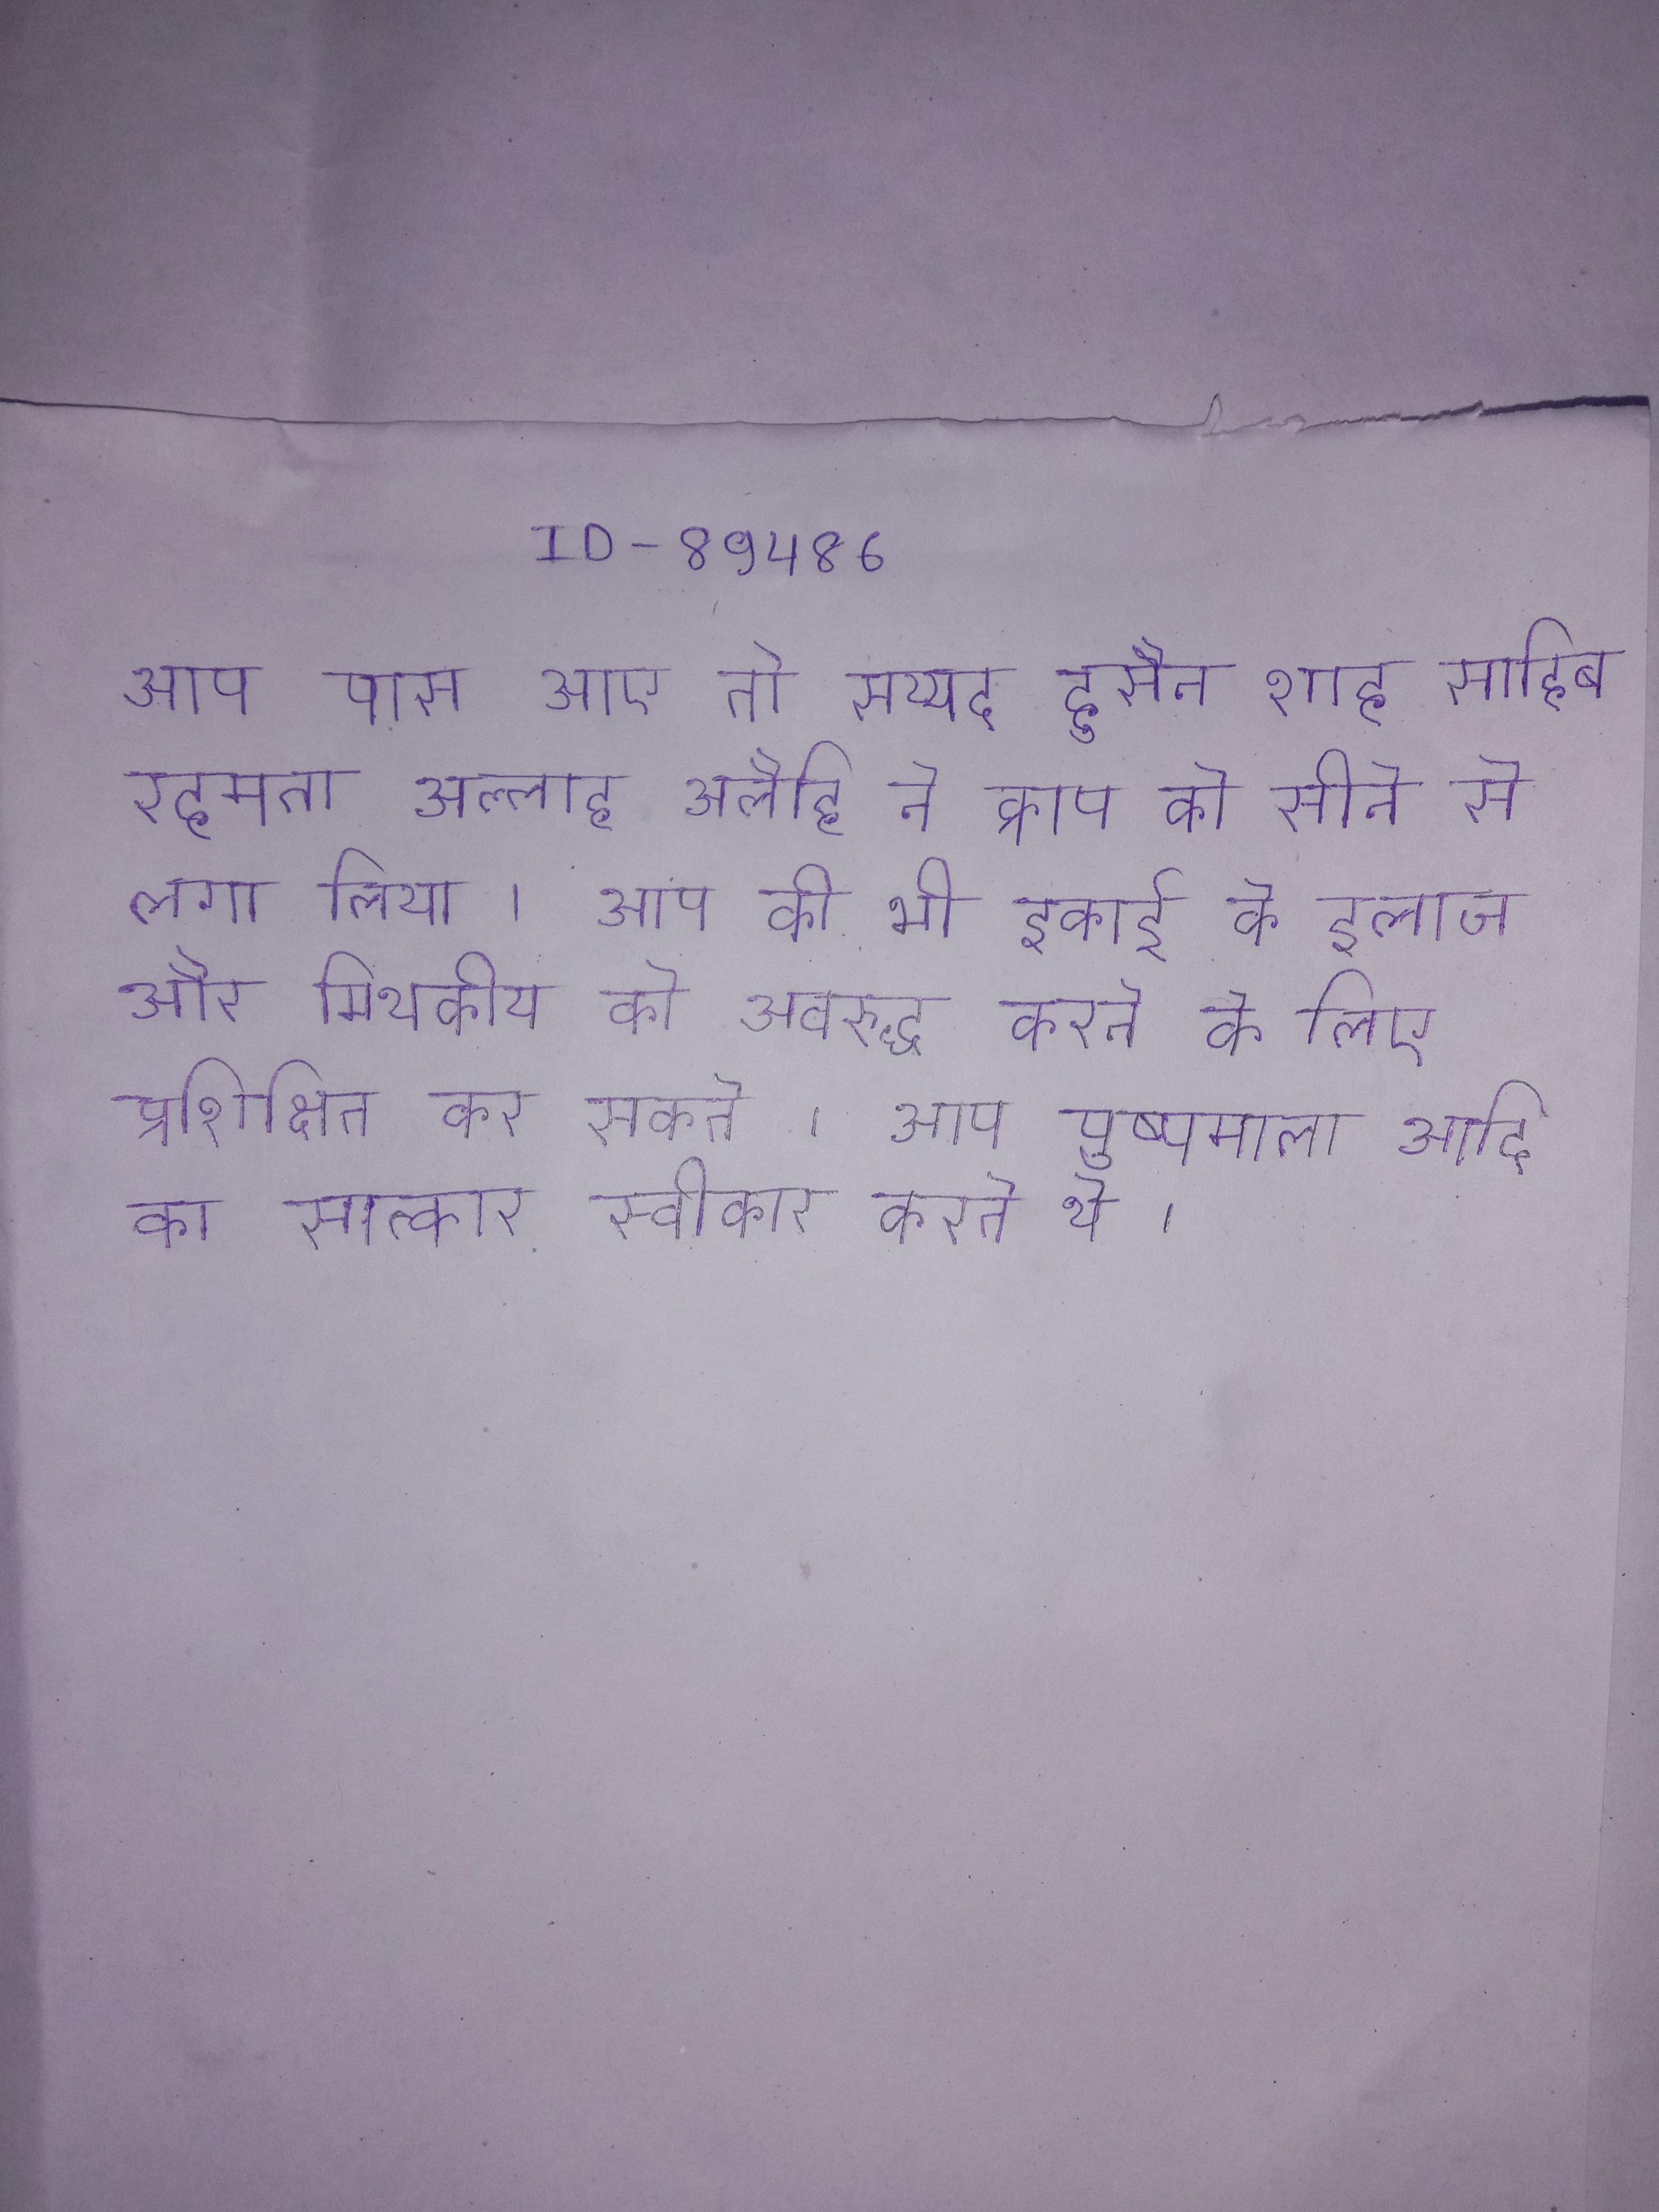
आप पास आए तो सय्यद हुसैन शाह साहिब रहमता अल्लाह अलैहि ने क्राप को सीने से लगा लिया । आप को भी इकाई के इलाज और मिथकीय को अवरुद्ध करने के लिए प्रशिक्षित कर सकते । आप पुष्पमाला आदि का सत्कार स्वीकार करते थे ।